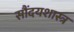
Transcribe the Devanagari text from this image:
सौंदयशास्त्र